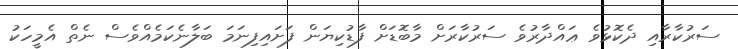
ސަރުކާރާއި ދެކޮޅުވެ ޢައްދާރުވެ ސަރުކާރަށް މާބޮޑަށް ފާޑުކިޔަން ފަށައިފިނަމަ ބަލާނެކަމެއްވެސް ނެތް އެމީހަކު